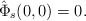
\begin{align*}\hat \Phi_s(0,0) = 0.\end{align*}